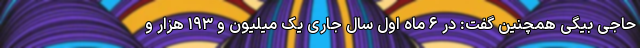
حاجی بیگی همچنین گفت: در ۶ ماه اول سال جاری یک میلیون و ۱۹۳ هزار و